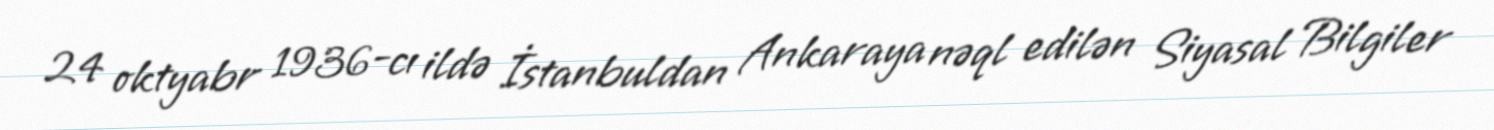
24 oktyabr 1936-cı ildə İstanbuldan Ankaraya nəql edilən Siyasal Bilgiler